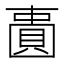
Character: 𫠾